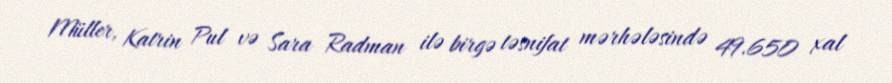
Müller, Katrin Pul və Sara Radman ilə birgə təsnifat mərhələsində 49.650 xal